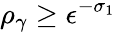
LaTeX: \rho_{\gamma}\ge\epsilon^{-\sigma_{1}}